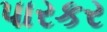
પારકર